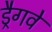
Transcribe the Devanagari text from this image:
ड्रैगवे